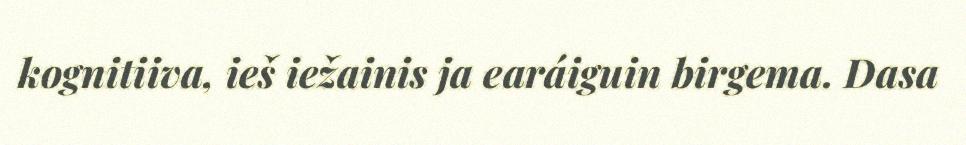
kognitiiva, ieš iežainis ja earáiguin birgema. Dasa